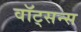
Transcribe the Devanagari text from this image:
वॉट्सन्स